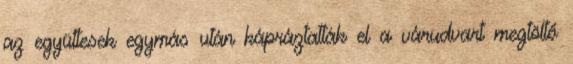
az együttesek egymás után kápráztatták el a várudvart megtöltő